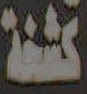
كثيفة